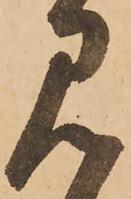
見